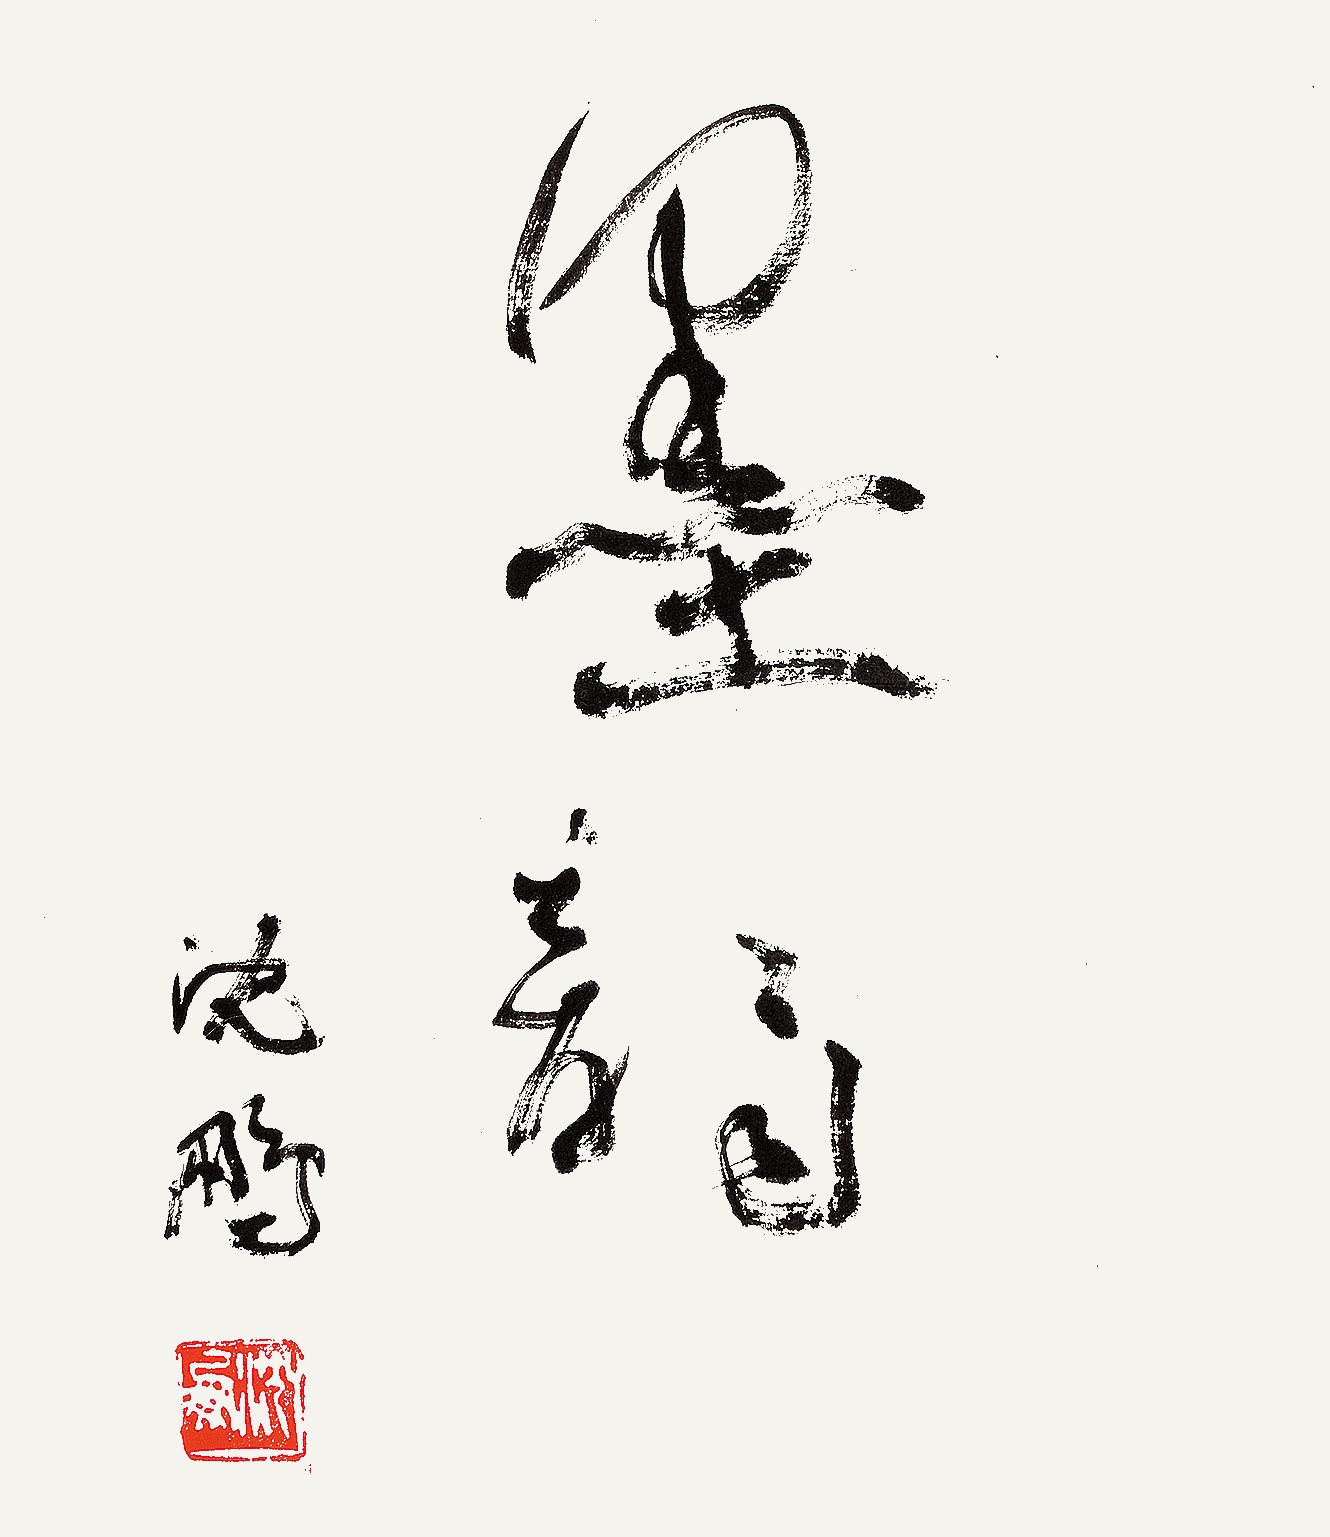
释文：墨韵，沈鹏。